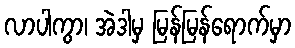
လာပါကွာ၊ အဲဒါမှ မြန်မြန်ရောက်မှာ